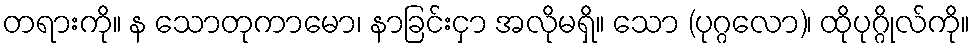
တရားကို။ န သောတုကာမော၊ နာခြင်းငှာ အလိုမရှိ။ သော (ပုဂ္ဂလော)၊ ထိုပုဂ္ဂိုလ်ကို။